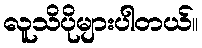
လူသိပိုများပါတယ်။